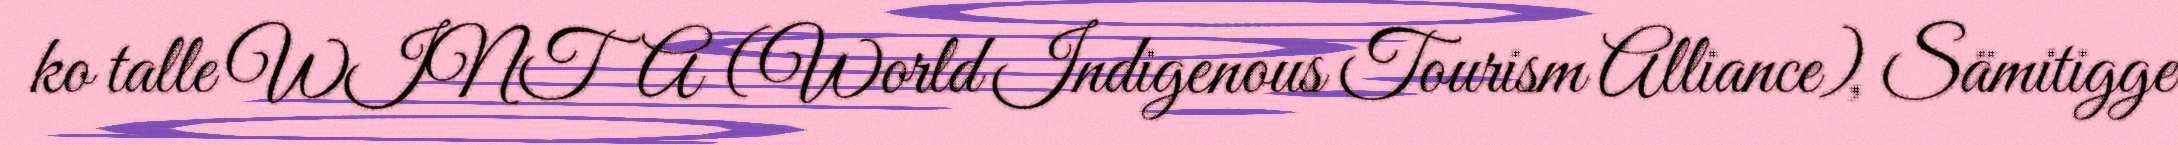
ko talle WINTA (World Indigenous Tourism Alliance), Sämitigge